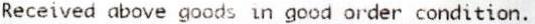
RECEIVED ABOVE GOODS IN GOOD ORDER CONDITION.